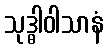
သုဒ္ဓါဝါသာနံ